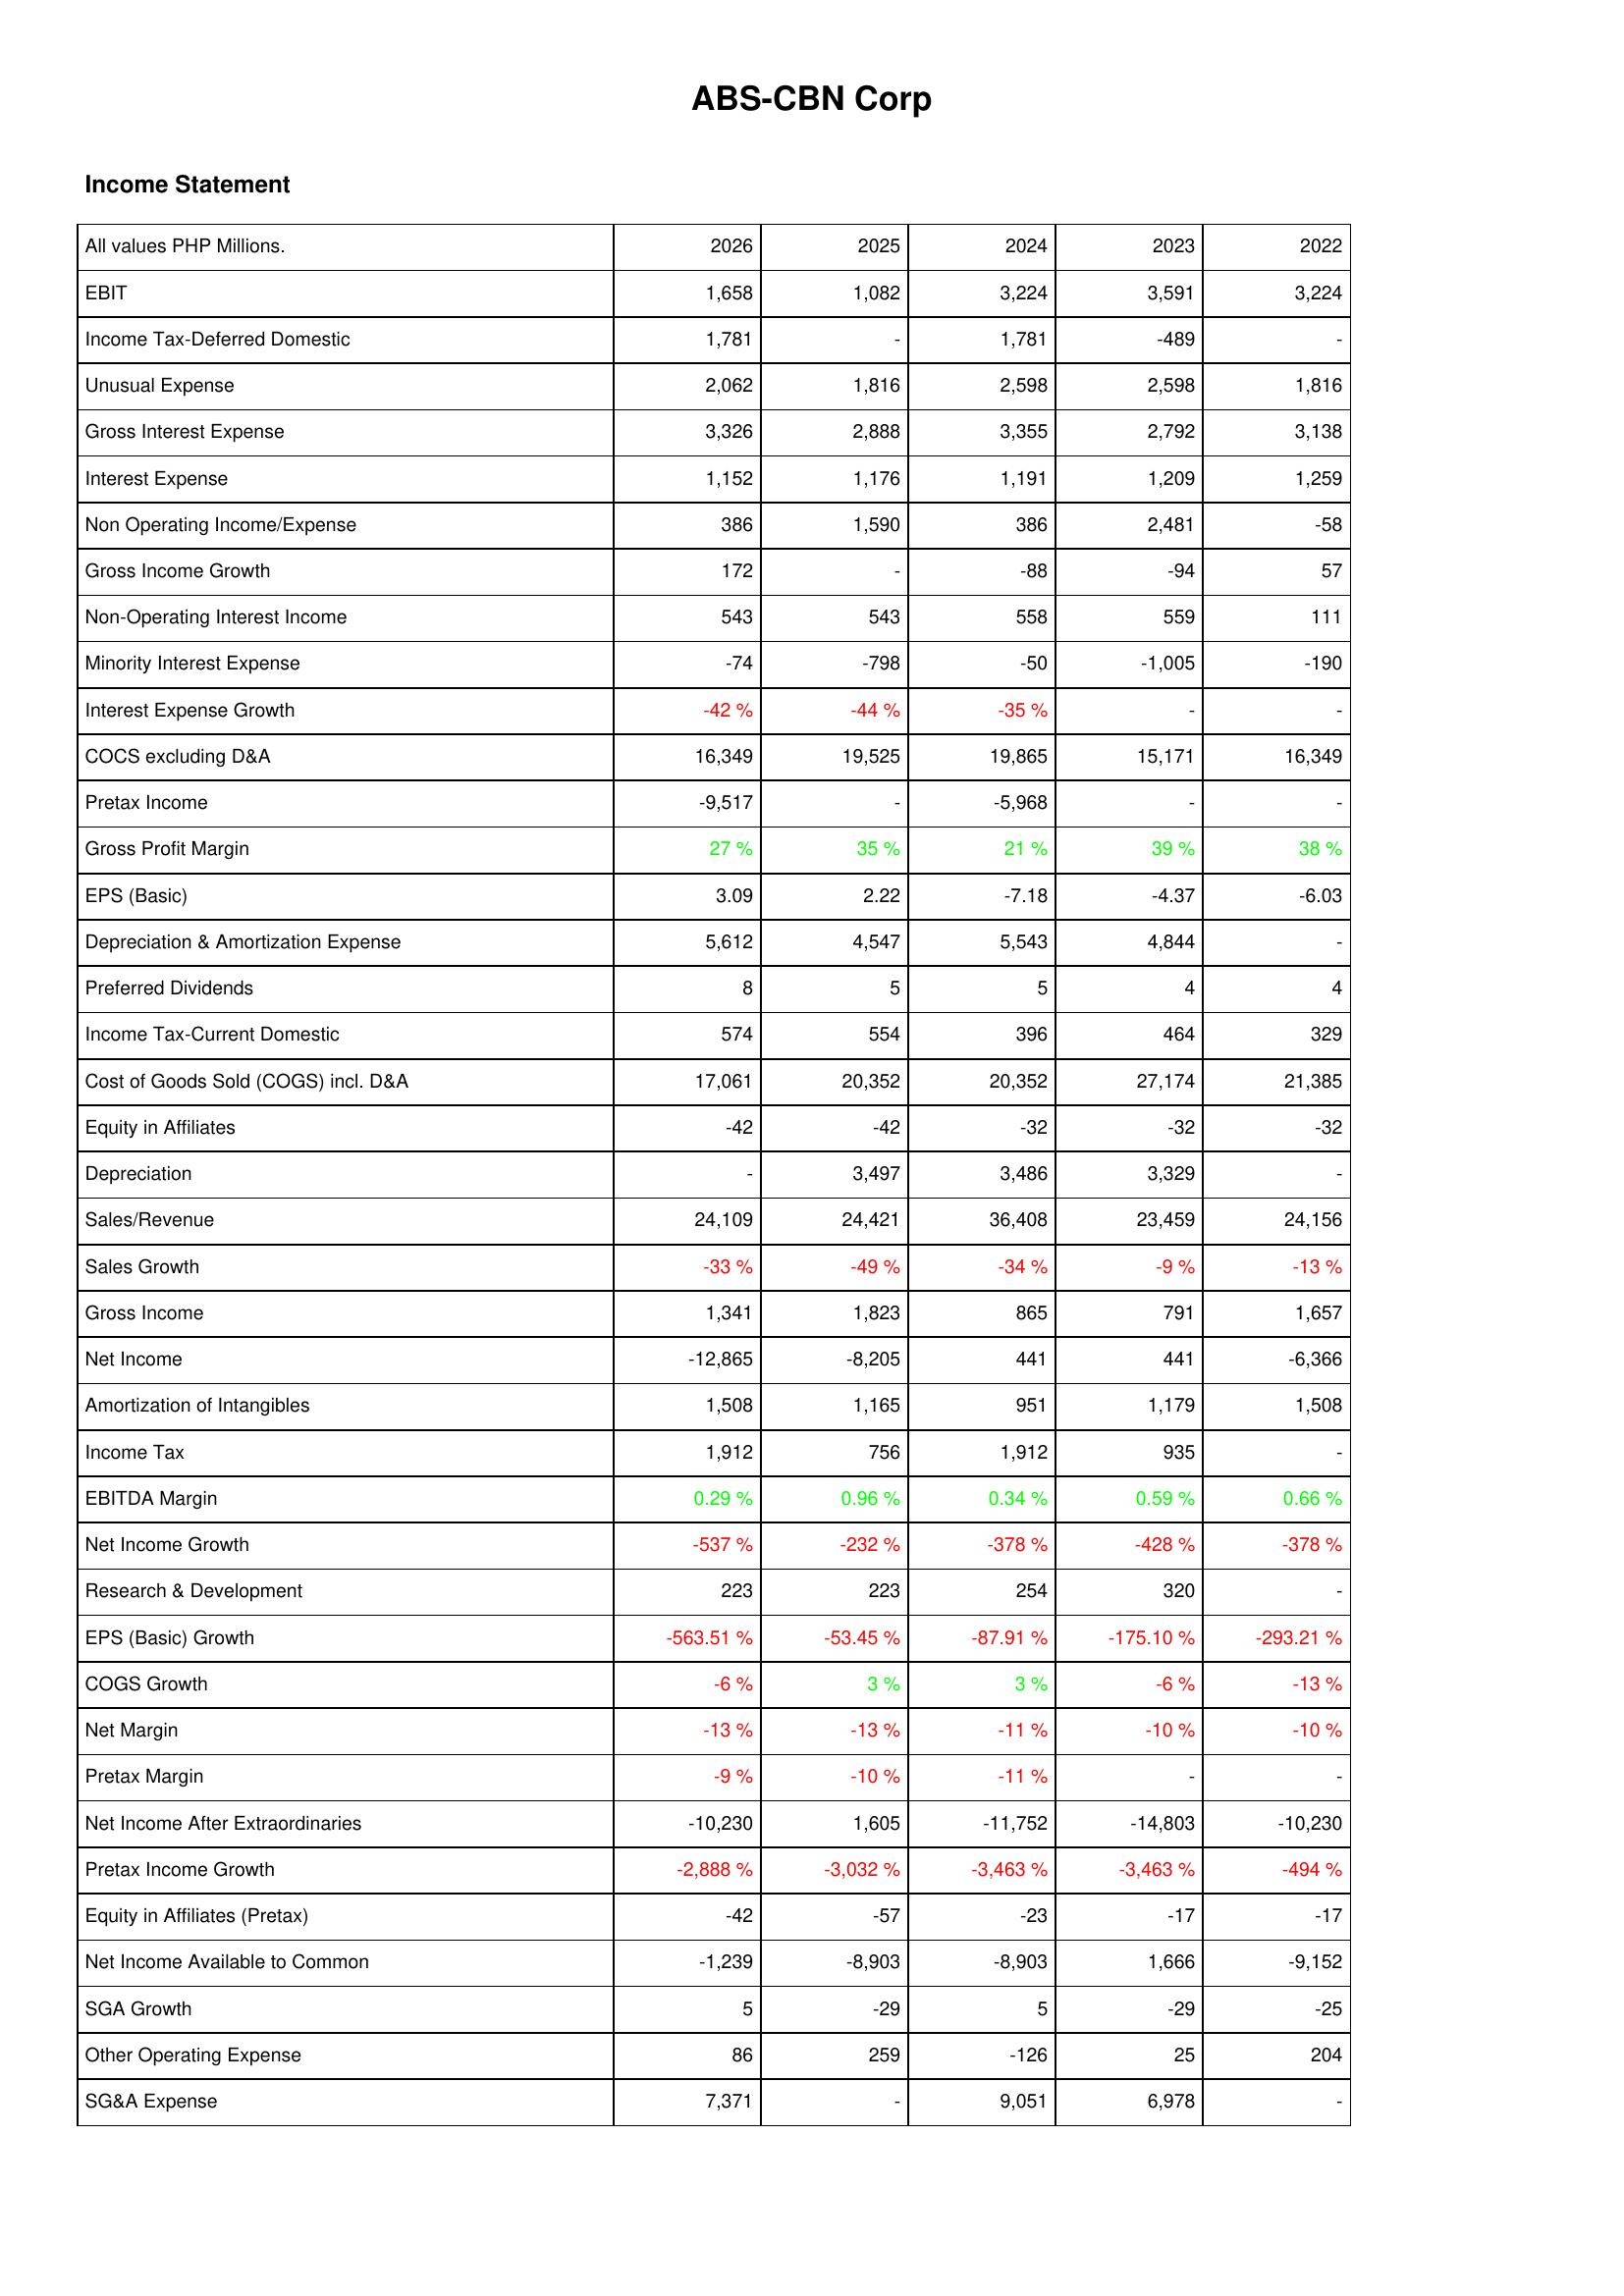
2026: Income Statement: EBIT: 1,658
Income Tax-Deferred Domestic: 1,781
Unusual Expense: 2,062
Gross Interest Expense: 3,326
Interest Expense: 1,152
Non Operating Income/Expense: 386
Gross Income Growth: 172
Non-Operating Interest Income: 543
Minority Interest Expense: -74
Interest Expense Growth: -42 %
COCS excluding D&A: 16,349
Pretax Income: -9,517
Gross Profit Margin: 27 %
EPS (Basic): 3.09
Depreciation & Amortization Expense: 5,612
Preferred Dividends: 8
Income Tax-Current Domestic: 574
Cost of Goods Sold (COGS) incl. D&A: 17,061
Equity in Affiliates: -42
Depreciation: -
Sales/Revenue: 24,109
Sales Growth: -33 %
Gross Income: 1,341
Net Income: -12,865
Amortization of Intangibles: 1,508
Income Tax: 1,912
EBITDA Margin: 0.29 %
Net Income Growth: -537 %
Research & Development: 223
EPS (Basic) Growth: -563.51 %
COGS Growth: -6 %
Net Margin: -13 %
Pretax Margin: -9 %
Net Income After Extraordinaries: -10,230
Pretax Income Growth: -2,888 %
Equity in Affiliates (Pretax): -42
Net Income Available to Common: -1,239
SGA Growth: 5
Other Operating Expense: 86
SG&A Expense: 7,371
2025: Income Statement: EBIT: 1,082
Income Tax-Deferred Domestic: -
Unusual Expense: 1,816
Gross Interest Expense: 2,888
Interest Expense: 1,176
Non Operating Income/Expense: 1,590
Gross Income Growth: -
Non-Operating Interest Income: 543
Minority Interest Expense: -798
Interest Expense Growth: -44 %
COCS excluding D&A: 19,525
Pretax Income: -
Gross Profit Margin: 35 %
EPS (Basic): 2.22
Depreciation & Amortization Expense: 4,547
Preferred Dividends: 5
Income Tax-Current Domestic: 554
Cost of Goods Sold (COGS) incl. D&A: 20,352
Equity in Affiliates: -42
Depreciation: 3,497
Sales/Revenue: 24,421
Sales Growth: -49 %
Gross Income: 1,823
Net Income: -8,205
Amortization of Intangibles: 1,165
Income Tax: 756
EBITDA Margin: 0.96 %
Net Income Growth: -232 %
Research & Development: 223
EPS (Basic) Growth: -53.45 %
COGS Growth: 3 %
Net Margin: -13 %
Pretax Margin: -10 %
Net Income After Extraordinaries: 1,605
Pretax Income Growth: -3,032 %
Equity in Affiliates (Pretax): -57
Net Income Available to Common: -8,903
SGA Growth: -29
Other Operating Expense: 259
SG&A Expense: -
2024: Income Statement: EBIT: 3,224
Income Tax-Deferred Domestic: 1,781
Unusual Expense: 2,598
Gross Interest Expense: 3,355
Interest Expense: 1,191
Non Operating Income/Expense: 386
Gross Income Growth: -88
Non-Operating Interest Income: 558
Minority Interest Expense: -50
Interest Expense Growth: -35 %
COCS excluding D&A: 19,865
Pretax Income: -5,968
Gross Profit Margin: 21 %
EPS (Basic): -7.18
Depreciation & Amortization Expense: 5,543
Preferred Dividends: 5
Income Tax-Current Domestic: 396
Cost of Goods Sold (COGS) incl. D&A: 20,352
Equity in Affiliates: -32
Depreciation: 3,486
Sales/Revenue: 36,408
Sales Growth: -34 %
Gross Income: 865
Net Income: 441
Amortization of Intangibles: 951
Income Tax: 1,912
EBITDA Margin: 0.34 %
Net Income Growth: -378 %
Research & Development: 254
EPS (Basic) Growth: -87.91 %
COGS Growth: 3 %
Net Margin: -11 %
Pretax Margin: -11 %
Net Income After Extraordinaries: -11,752
Pretax Income Growth: -3,463 %
Equity in Affiliates (Pretax): -23
Net Income Available to Common: -8,903
SGA Growth: 5
Other Operating Expense: -126
SG&A Expense: 9,051
2023: Income Statement: EBIT: 3,591
Income Tax-Deferred Domestic: -489
Unusual Expense: 2,598
Gross Interest Expense: 2,792
Interest Expense: 1,209
Non Operating Income/Expense: 2,481
Gross Income Growth: -94
Non-Operating Interest Income: 559
Minority Interest Expense: -1,005
Interest Expense Growth: -
COCS excluding D&A: 15,171
Pretax Income: -
Gross Profit Margin: 39 %
EPS (Basic): -4.37
Depreciation & Amortization Expense: 4,844
Preferred Dividends: 4
Income Tax-Current Domestic: 464
Cost of Goods Sold (COGS) incl. D&A: 27,174
Equity in Affiliates: -32
Depreciation: 3,329
Sales/Revenue: 23,459
Sales Growth: -9 %
Gross Income: 791
Net Income: 441
Amortization of Intangibles: 1,179
Income Tax: 935
EBITDA Margin: 0.59 %
Net Income Growth: -428 %
Research & Development: 320
EPS (Basic) Growth: -175.10 %
COGS Growth: -6 %
Net Margin: -10 %
Pretax Margin: -
Net Income After Extraordinaries: -14,803
Pretax Income Growth: -3,463 %
Equity in Affiliates (Pretax): -17
Net Income Available to Common: 1,666
SGA Growth: -29
Other Operating Expense: 25
SG&A Expense: 6,978
2022: Income Statement: EBIT: 3,224
Income Tax-Deferred Domestic: -
Unusual Expense: 1,816
Gross Interest Expense: 3,138
Interest Expense: 1,259
Non Operating Income/Expense: -58
Gross Income Growth: 57
Non-Operating Interest Income: 111
Minority Interest Expense: -190
Interest Expense Growth: -
COCS excluding D&A: 16,349
Pretax Income: -
Gross Profit Margin: 38 %
EPS (Basic): -6.03
Depreciation & Amortization Expense: -
Preferred Dividends: 4
Income Tax-Current Domestic: 329
Cost of Goods Sold (COGS) incl. D&A: 21,385
Equity in Affiliates: -32
Depreciation: -
Sales/Revenue: 24,156
Sales Growth: -13 %
Gross Income: 1,657
Net Income: -6,366
Amortization of Intangibles: 1,508
Income Tax: -
EBITDA Margin: 0.66 %
Net Income Growth: -378 %
Research & Development: -
EPS (Basic) Growth: -293.21 %
COGS Growth: -13 %
Net Margin: -10 %
Pretax Margin: -
Net Income After Extraordinaries: -10,230
Pretax Income Growth: -494 %
Equity in Affiliates (Pretax): -17
Net Income Available to Common: -9,152
SGA Growth: -25
Other Operating Expense: 204
SG&A Expense: -